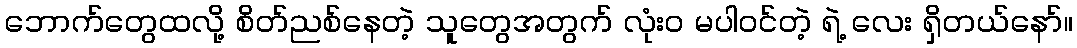
ဘောက်တွေထလို့ စိတ်ညစ်နေတဲ့ သူတွေအတွက် လုံး၀ မပါဝင်တဲ့ ရဲ့ လေး ရှိတယ်နော်။